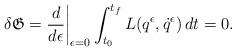
LaTeX: \begin{align*}\delta \mathfrak{G} =\frac{d}{d\epsilon}\bigg|_{\epsilon=0} \int_{t_0}^{t_f} L(q^\epsilon,\dot q^\epsilon)\, dt =0.\end{align*}